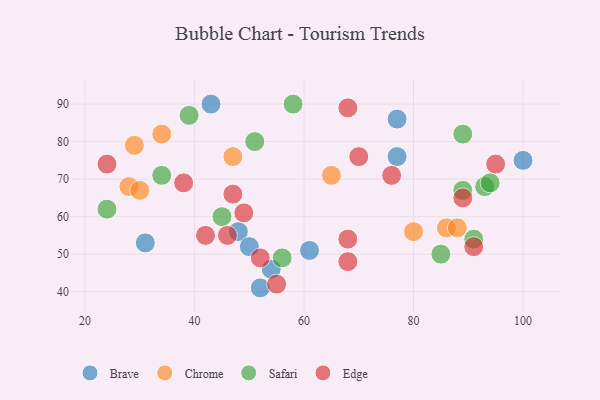
{"axis": {"x": "GDP", "y": "Life Expectancy"}, "legend": ["Brave", "Chrome", "Edge", "Safari"], "data": [{"x": "48", "y": 56, "type": "Brave"}, {"x": "54", "y": 46, "type": "Brave"}, {"x": "100", "y": 75, "type": "Brave"}, {"x": "52", "y": 41, "type": "Brave"}, {"x": "43", "y": 90, "type": "Brave"}, {"x": "61", "y": 51, "type": "Brave"}, {"x": "77", "y": 76, "type": "Brave"}, {"x": "50", "y": 52, "type": "Brave"}, {"x": "31", "y": 53, "type": "Brave"}, {"x": "77", "y": 86, "type": "Brave"}, {"x": "28", "y": 68, "type": "Chrome"}, {"x": "86", "y": 57, "type": "Chrome"}, {"x": "34", "y": 82, "type": "Chrome"}, {"x": "47", "y": 76, "type": "Chrome"}, {"x": "80", "y": 56, "type": "Chrome"}, {"x": "88", "y": 57, "type": "Chrome"}, {"x": "29", "y": 79, "type": "Chrome"}, {"x": "30", "y": 67, "type": "Chrome"}, {"x": "65", "y": 71, "type": "Chrome"}, {"x": "89", "y": 82, "type": "Safari"}, {"x": "56", "y": 49, "type": "Safari"}, {"x": "91", "y": 54, "type": "Safari"}, {"x": "93", "y": 68, "type": "Safari"}, {"x": "51", "y": 80, "type": "Safari"}, {"x": "89", "y": 67, "type": "Safari"}, {"x": "58", "y": 90, "type": "Safari"}, {"x": "85", "y": 50, "type": "Safari"}, {"x": "45", "y": 60, "type": "Safari"}, {"x": "24", "y": 62, "type": "Safari"}, {"x": "39", "y": 87, "type": "Safari"}, {"x": "94", "y": 69, "type": "Safari"}, {"x": "34", "y": 71, "type": "Safari"}, {"x": "76", "y": 71, "type": "Edge"}, {"x": "47", "y": 66, "type": "Edge"}, {"x": "91", "y": 52, "type": "Edge"}, {"x": "24", "y": 74, "type": "Edge"}, {"x": "52", "y": 49, "type": "Edge"}, {"x": "95", "y": 74, "type": "Edge"}, {"x": "68", "y": 54, "type": "Edge"}, {"x": "38", "y": 69, "type": "Edge"}, {"x": "68", "y": 89, "type": "Edge"}, {"x": "89", "y": 65, "type": "Edge"}, {"x": "46", "y": 55, "type": "Edge"}, {"x": "55", "y": 42, "type": "Edge"}, {"x": "68", "y": 48, "type": "Edge"}, {"x": "42", "y": 55, "type": "Edge"}, {"x": "70", "y": 76, "type": "Edge"}, {"x": "49", "y": 61, "type": "Edge"}]}